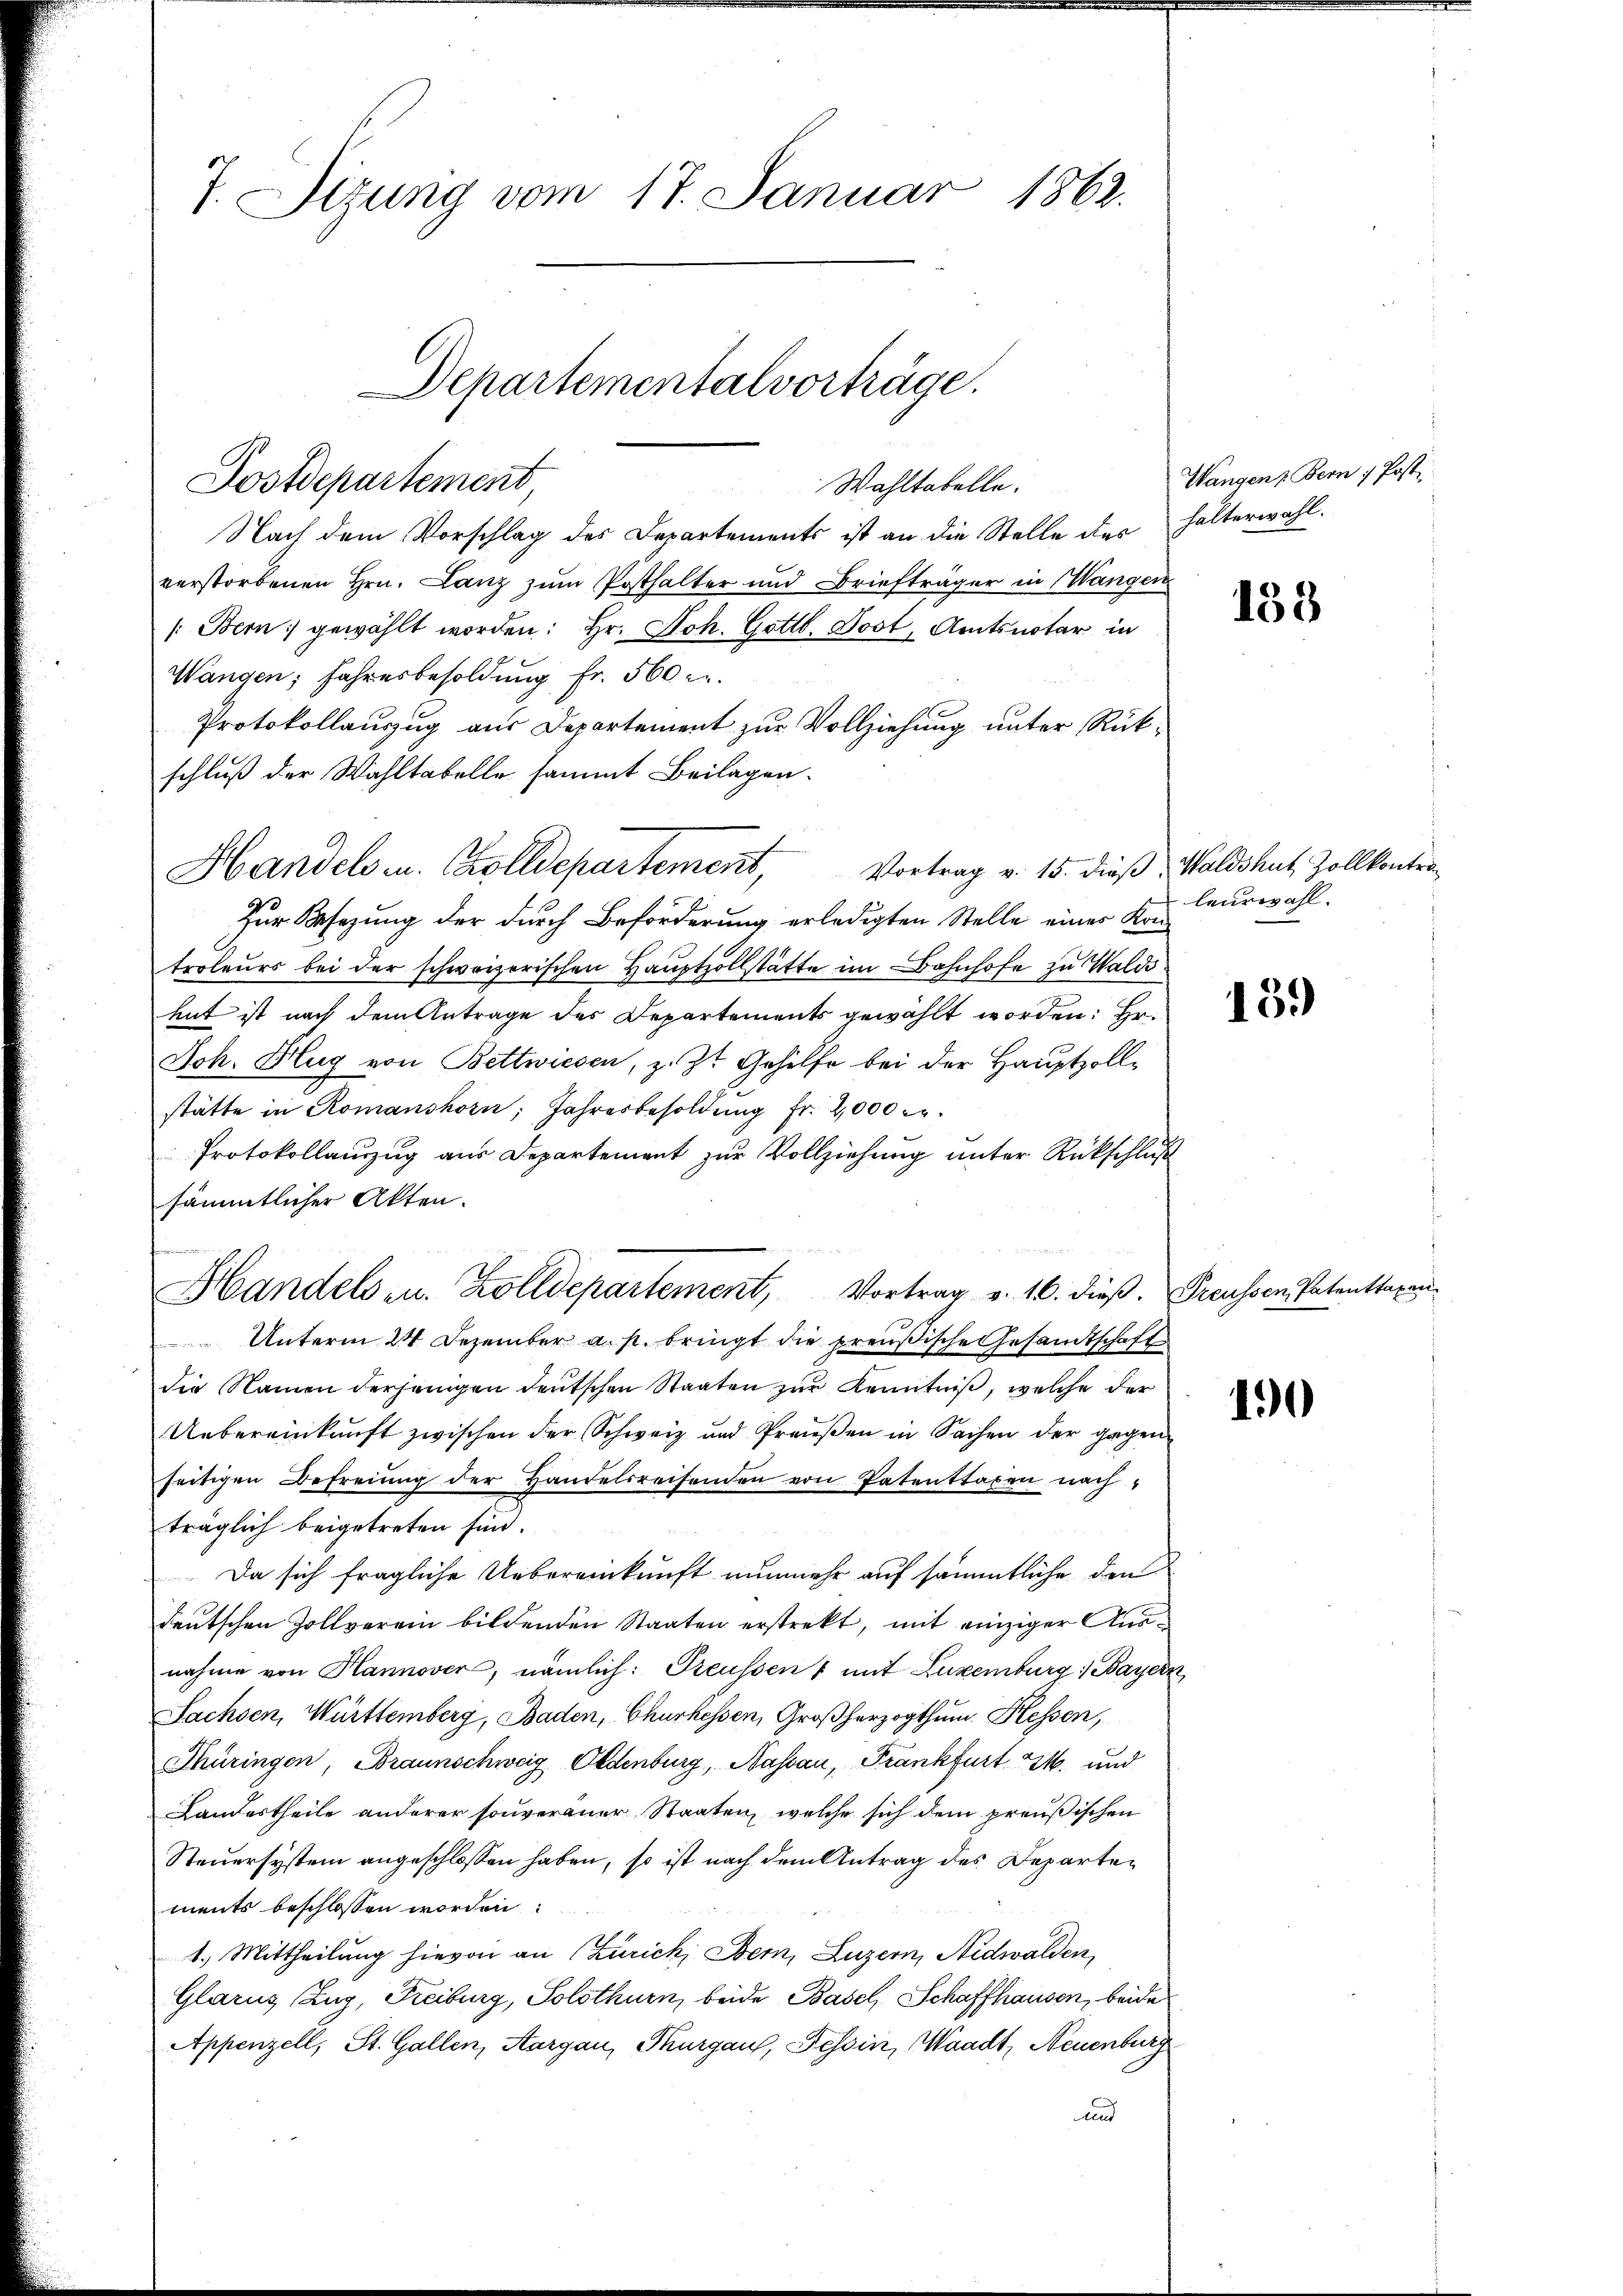
7. Sirung vom 17. Januar 1862.
Departementalvorträge.

Postdepartement,

Wahltabelle.
Nach dem Vorschlag des Departements ist an die Stelle der halterwahl.
verstorbenen Hrn. Lanz zum Posthalter und Briefträger in Wangen
/Bern gewählt worden: Hr. Joh. Gottl. Post, Amtsnotar in
Wangen; fahresbesoldung Fr. 560 c.
Protokollauszug aus Departement zur Vollziehung unter Rückschluß der Wahltabelle sammt Beilagen.
Zur Besezung der durch Beförderung erledigten Stelle einer Kontroleurs bei der schweizerischen Hauptzollstätte im Bahnhofe zu Waldshut ist nach dem Antrage des Departements gewählt worden: Hr.
Joh. Hug von Bettwiesen, z. Zt. Gehilfe bei der Hauptzollstätte in Romanshorn, Jahresbesoldŭng fr. 2000 c.
Protokollauszug aus Departement zur Vollziehung unter Rückschluß
sämmtlicher Akten.
Handels- u. Zolldepartement, Vortrag v. 16. dieß. Preussen Patenttaxan¬
Unterm 24. Dezember a. p. bringt die preußische Gesandtschafte
die Namen derjenigen deutschen Staaten zur Kenntniß, welche der
Uebereinkunft zwischen der Schweiz und Preŭβen in Sachen der gegen
seitigen Befreiung der Handelsreisenden von Patenttaxen nach
träglich beigetreten sind.
Da sich fragliche Uebereinkunft nunmehr auf sämmtliche den
deutschen Zollverein bildenden Staaten erstrekt, mit einziger Ananahme von Hannover, nämlich: Preussen & mit Luxenburg: Bayern,
Sachsen, Württemberg, Baden, Churhessen, Großherzogthum. Hessen,
Thüringen, Braunschweig Oldenburg, Nassau, Frankfurt M. und
Landertheile anderer souveraner Staaten, welche sich dem preußischen
Steuersystem angeschlossen haben, so ist nach dem Antrag des Departements beschlossen worden.
1.) Mittheilung hievon an (Zürich, Bern, Luzern, Nidwalden,
Glarus Zug, Freiburg, Solothurn, beide Basel, Schaffhausen, beide
Appenzell, St. Gallen, Aargau, Thurgau, Tessin, Waadt, Neuenburg
und

Handels u. Zolldepartement, Vortrag v. 15. dieβ Waldshut, Zollkontra-

Wangen z Bern / Post

133

leurwahl.

139

190